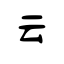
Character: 云